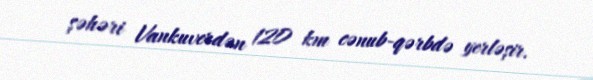
şəhəri Vankuverdən 120 km cənub-qərbdə yerləşir.